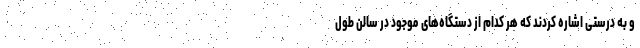
و به درستی اشاره کردند که هر کدام از دستگاه‌های موجود در سالن طول